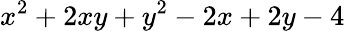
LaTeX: x^{2}+2xy+y^{2}-2x+2y-4